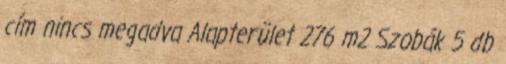
cím nincs megadva Alapterület 276 m2 Szobák 5 db